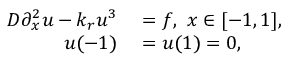
\begin{array} { r l } { D \partial _ { x } ^ { 2 } u - k _ { r } u ^ { 3 } } & { { } = f , ~ x \in [ - 1 , 1 ] , } \\ { u ( - 1 ) } & { { } = u ( 1 ) = 0 , } \end{array}